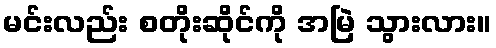
မင်းလည်း စတိုးဆိုင်ကို အမြဲ သွားလား။